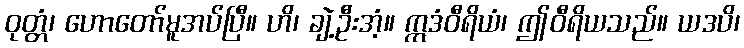
ဝုတ္တံ၊ ဟောတော်မူအပ်ပြီ။ ဟိ၊ ချဲ့ဦးအံ့။ ဣဒံဝီရိယံ၊ ဤဝီရိယသည်။ ယဒပိ၊